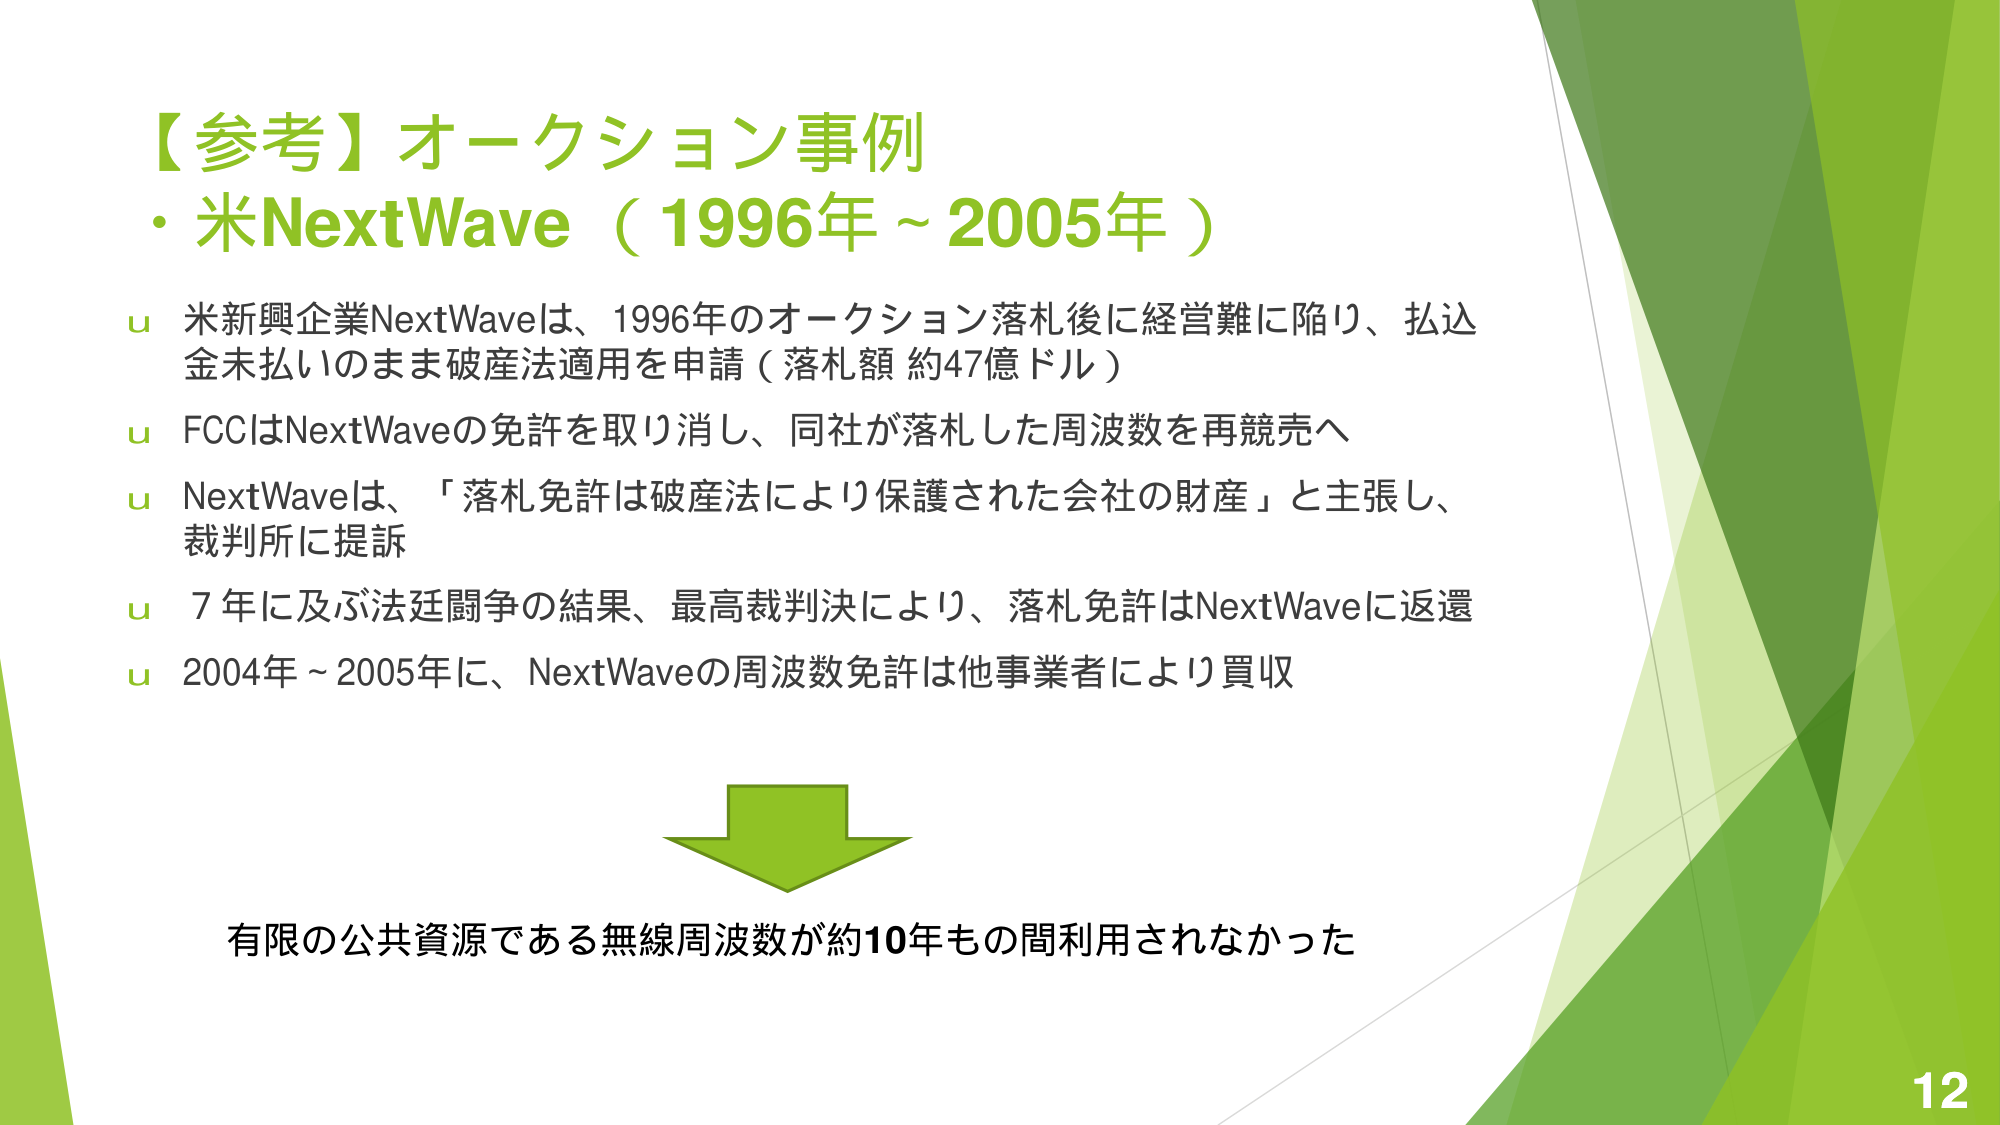
【参考】オークション事例
・米NextWave（1996年～2005年）
u 米新興企業NextWaveは、1996年のオークション落札後に経営難に陥り、払込金未払いのまま破産法適用を申請（落札額 約47億ドル）
u FCCはNextWaveの免許を取り消し、同社が落札した周波数を再競売へ
u NextWaveは、「落札免許は破産法により保護された会社の財産」と主張し、裁判所に提訴
u 7年に及ぶ法廷闘争の結果、最高裁判決により、落札免許はNextWaveに返還
u 2004年～2005年に、NextWaveの周波数免許は他事業者により買収

有限の公共資源である無線周波数が約10年もの間利用されなかった
12